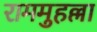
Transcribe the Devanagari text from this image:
राममुहल्ला